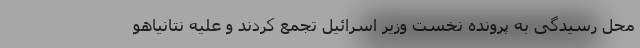
محل رسیدگی به پرونده نخست وزیر اسرائیل تجمع کردند و علیه نتانیاهو